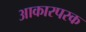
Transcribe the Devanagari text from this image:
आकारपरक